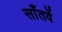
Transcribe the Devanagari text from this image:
साँतवें